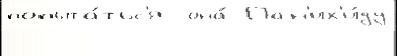
попыта́тьс'я  она́ Пан'их'и́ду